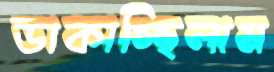
ডাকাচ্ছিলাম